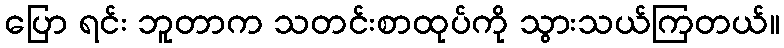
ပြော ရင်း ဘူတာက သတင်းစာထုပ်ကို သွားသယ်ကြတယ်။